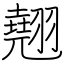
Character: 翹